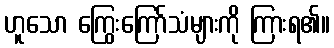
ဟူသော ကြွေးကြော်သံများကို ကြားရ၏။